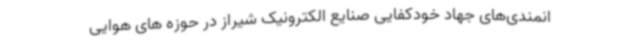
انمندی‌های جهاد خودکفایی صنایع الکترونیک شیراز در حوزه های هوایی